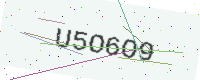
Text: U5O6O9